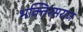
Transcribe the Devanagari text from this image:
भक्तिरसराज